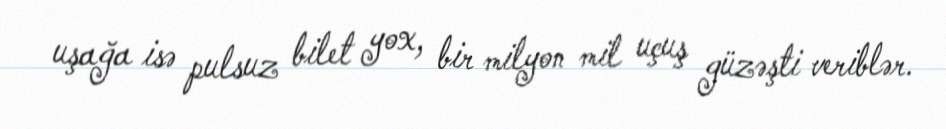
uşağa isə pulsuz bilet yox, bir milyon mil uçuş güzəşti veriblər.